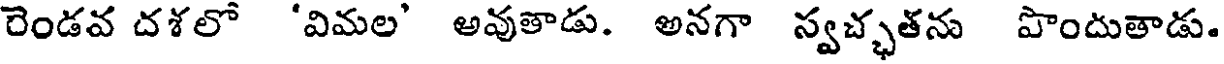
రెండవ దశలో 'విమల' అవుతాడు. అనగా స్వచ్ఛతను పొందుతాడు